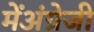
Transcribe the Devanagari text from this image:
मेंअंग्रेजी